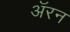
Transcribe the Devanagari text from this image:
अॅरन